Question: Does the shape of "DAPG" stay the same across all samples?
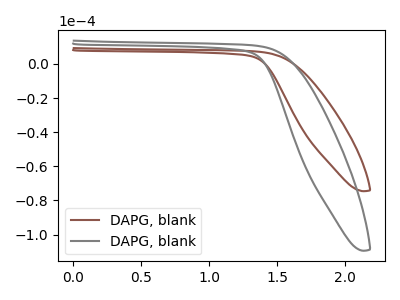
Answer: <think>The brown curve "DAPG, blank1" has no peaks. The gray curve "DAPG, blank2" has no peaks.
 Neither "DAPG, blank1" or "DAPG, blank2" have any peaks.</think>
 <answer>All the CV's of "DAPG" have similar shape.</answer>
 <eval>follow_rule</eval>